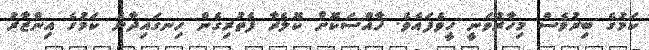
ކަމުގެ ބިރުވެސް މިހާރުވަނީ ހީވެފައެވެ. ޚާއްސަކޮށް ކޮލެރާ ފެތުރިގެން ހިނގައިދާނެ ކަމުގެ އިންޒާރު